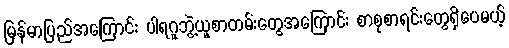
မြန်မာပြည်အကြောင်း ပါရဂူဘွဲ့ယူစာတမ်းတွေအကြောင်း စာစုစာရင်းတွေရှိပေမယ့်